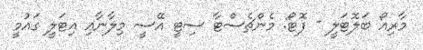
މާރިއޯ ބަލޮޓަލީ - ފޮޓޯ: މެންޗެސްޓާ ސިޓީ އޭސީ މިލާނާއި އިޓަލީ ގައުމީ